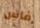
فاس